Civil Veterinary Dept. Bombay admin report 1907-1913 - 1907-1913
Year: 1907
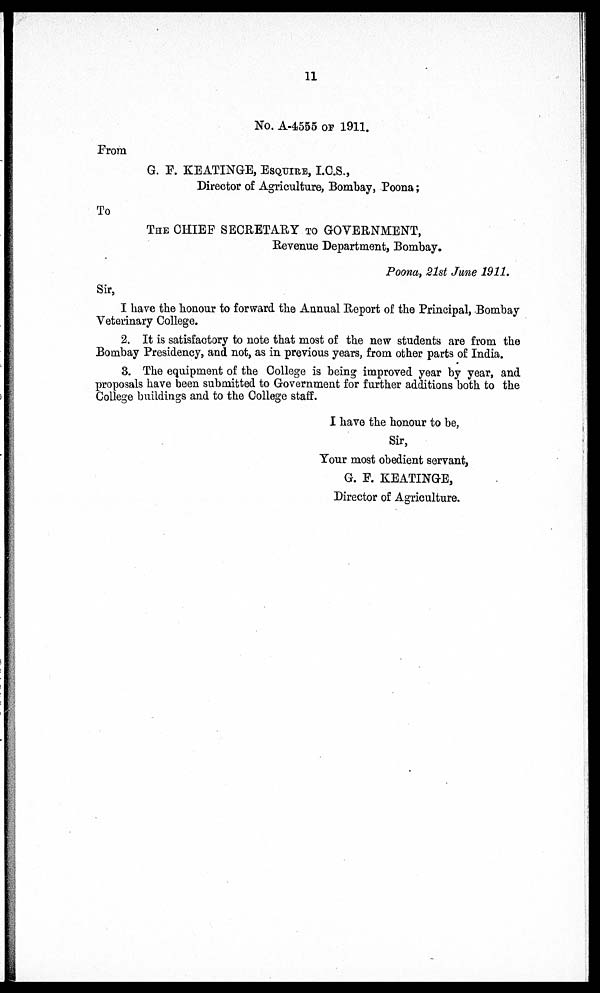
11
No. A-4555 OF 1911.
From
G. F. KEATINGE, ESQUIRE, I.C.S.,
Director of Agriculture, Bombay, Poona;
To
THE CHIEF SECRETARY TO GOVERNMENT,
Revenue Department, Bombay.
Poona, 21st June 1911.
Sir,
I have the honour to forward the Annual Report of the Principal, Bombay
Veterinary College.
2. It is satisfactory to note that most of the new students are from the
Bombay Presidency, and not, as in previous years, from other parts of India.
3. The equipment of the College is being improved year by year, and
proposals have been submitted to Government for further additions both to the
College buildings and to the College staff.
I have the honour to be,
Sir,
Your most obedient servant,
G. E. KEATINGE,
Director of Agriculture.